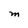
Character: M